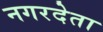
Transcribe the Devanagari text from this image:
नगरदेता